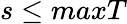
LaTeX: s\le maxT